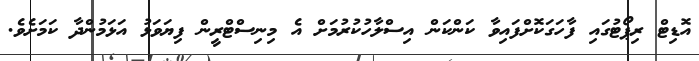
އޮޑިޓް ރިޕޯޓުގައި ފާހަގަކޮށްފައިވާ ކަންކަން އިސްލާހުކުރުމަށް އެ މިނިސްޓްރީން ފިޔަވަޅު އަޅަމުންދާ ކަމަށެވެ.